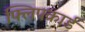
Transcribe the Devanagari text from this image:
फ्लिपकार्ड